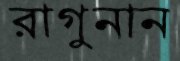
রাগুনান